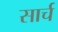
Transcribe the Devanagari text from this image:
सार्च